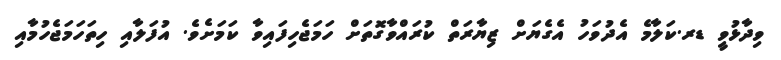
ވިދާޅުވީ ޑރ.ކަލާމެ އެދުވަހު އެގެޔަށް ޒިޔާރަތް ކުރައްވާގޮތަށް ހަމަޖެހިފައިވާ ކަމަށެވެ. އުފަލާއި ހިތަހަމަޖެހުމާއި